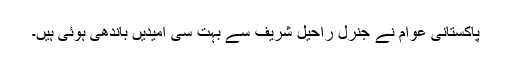
پاکستانی عوام نے جنرل راحیل شریف سے بہت سی امیدیں باندھی ہوئی ہیں۔